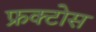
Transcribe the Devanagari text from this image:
फ्रक्टोस